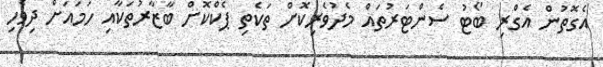
އެގޮތުން އެގްރި ބޯޓު ސެންޓަރުތައް މެދުވެރިކޮށް ތަކެތި ޕެކްކޮށް ބާޒާރުތަކާއި ހަމައަށް ދިވެހި